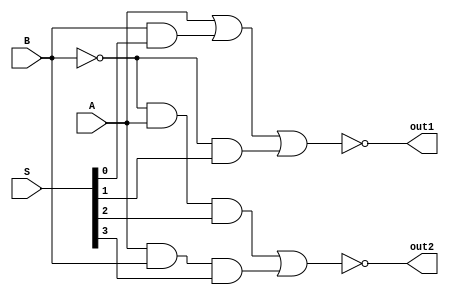
`timescale 1ns / 1ps

module ALU_logical_comb(
    input wire A, B,
    input wire [3:0] S, 
    output wire out1, out2
    );
    wire nb;
    wire aw1, aw2, aw3, aw4, aw5;
    
    not (nb, B);
    
    and (aw1, A);
    and (aw2, B, S[0]);
    and (aw3, nb, S[1]);
    and (aw4, nb, A, S[2]);
    and (aw5, A, B, S[3]);
    
    nor (out1, aw1, aw2, aw3);
    nor (out2, aw4, aw5);
endmodule